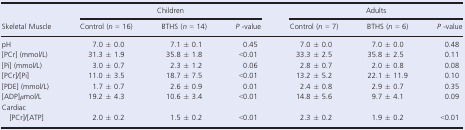
<table><thead><tr><td>[EMPTY_CELL]</td><td colspan="3"><b>Children</b></td><td colspan="3"><b>Adults</b></td></tr><tr><td><b>Skeletal Muscle</b></td><td><b>Control (<i>n</i> = 16)</b></td><td><b>BTHS (<i>n</i> = 14)</b></td><td><b><i>P</i> ‐value</b></td><td><b>Control (<i>n</i> = 7)</b></td><td><b>BTHS (<i>n</i> = 6)</b></td><td><b><i>P</i> ‐value</b></td></tr></thead><tbody><tr><td>pH</td><td>7.0 ± 0.0</td><td>7.1 ± 0.1</td><td>0.45</td><td>7.0 ± 0.0</td><td>7.0 ± 0.0</td><td>0.48</td></tr><tr><td>[PCr] (mmol/L)</td><td>31.3 ± 1.9</td><td>35.8 ± 1.8</td><td>&lt;0.01</td><td>33.3 ± 2.5</td><td>35.8 ± 2.5</td><td>0.11</td></tr><tr><td>[Pi] (mmol/L)</td><td>3.0 ± 0.7</td><td>2.3 ± 1.2</td><td>0.06</td><td>2.8 ± 0.7</td><td>2.0 ± 0.8</td><td>0.08</td></tr><tr><td>[PCr]/[Pi]</td><td>11.0 ± 3.5</td><td>18.7 ± 7.5</td><td>&lt;0.01</td><td>13.2 ± 5.2</td><td>22.1 ± 11.9</td><td>0.10</td></tr><tr><td>[PDE] (mmol/L)</td><td>1.7 ± 0.7</td><td>2.6 ± 0.9</td><td>0.01</td><td>2.4 ± 0.8</td><td>2.9 ± 0.7</td><td>0.35</td></tr><tr><td>[ADP]<i>μ</i>mol/L</td><td>19.2 ± 4.3</td><td>10.6 ± 3.4</td><td>&lt;0.01</td><td>14.8 ± 5.6</td><td>9.7 ± 4.1</td><td>0.09</td></tr><tr><td colspan="7">Cardiac</td></tr><tr><td>[PCr]/[ATP]</td><td>2.0 ± 0.2</td><td>1.5 ± 0.2</td><td>&lt;0.01</td><td>2.3 ± 0.2</td><td>1.9 ± 0.2</td><td>&lt;0.01</td></tr></tbody></table>